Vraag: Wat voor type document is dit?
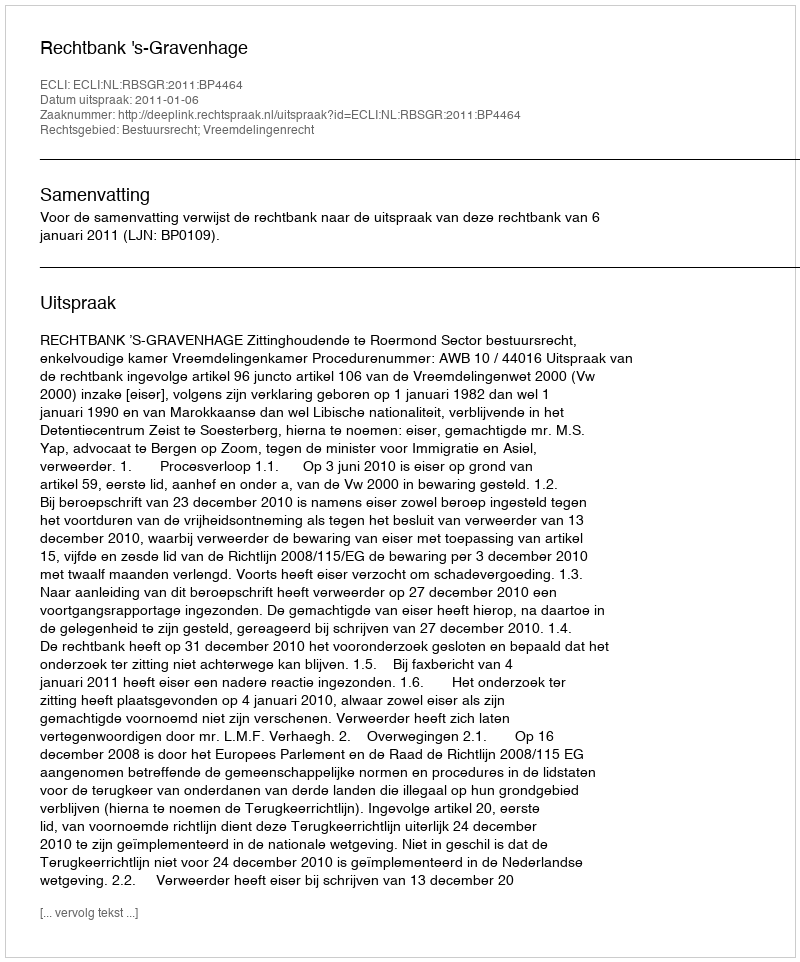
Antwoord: Uitspraak